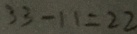
3 3 - 1 1 = 2 2